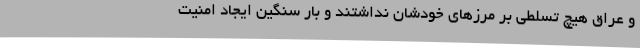
و عراق هیچ تسلطی بر مرزهای خودشان نداشتند و بار سنگین ایجاد امنیت